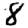
Digit: 8